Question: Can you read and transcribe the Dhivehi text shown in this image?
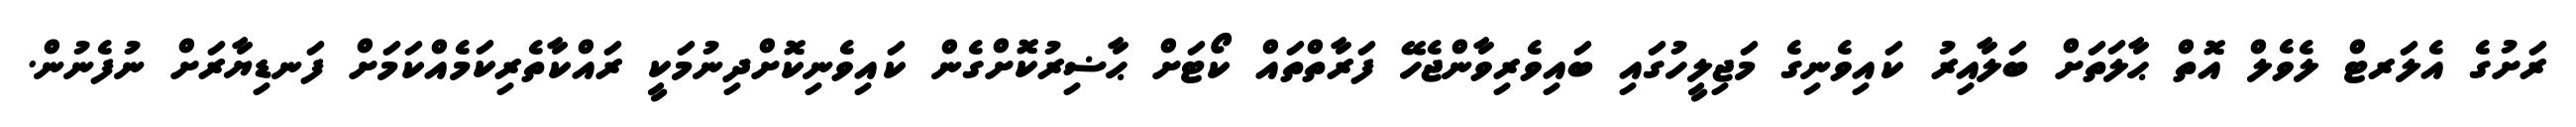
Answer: ރަށުގެ އެލަރޓް ލެވެލް އޮތް ޙާލަތަށް ބަލާއިރު ކައިވެނިގެ މަޖިލީހުގައި ބައިވެރިވާންޖެހޭ ފަރާތްތައް ކޯޓަށް ޙާޟިރުކޮށްގެން ކައިވެނިކޮށްދިނުމަކީ ރައްކާތެރިކަމެއްކަމަށް ފަނޑިޔާރަށް ނުފެނުން.